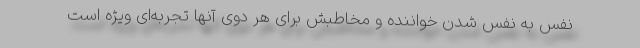
نفس به نفس شدن خواننده و مخاطبش برای هر دوی آنها تجربه‌ای ویژه است